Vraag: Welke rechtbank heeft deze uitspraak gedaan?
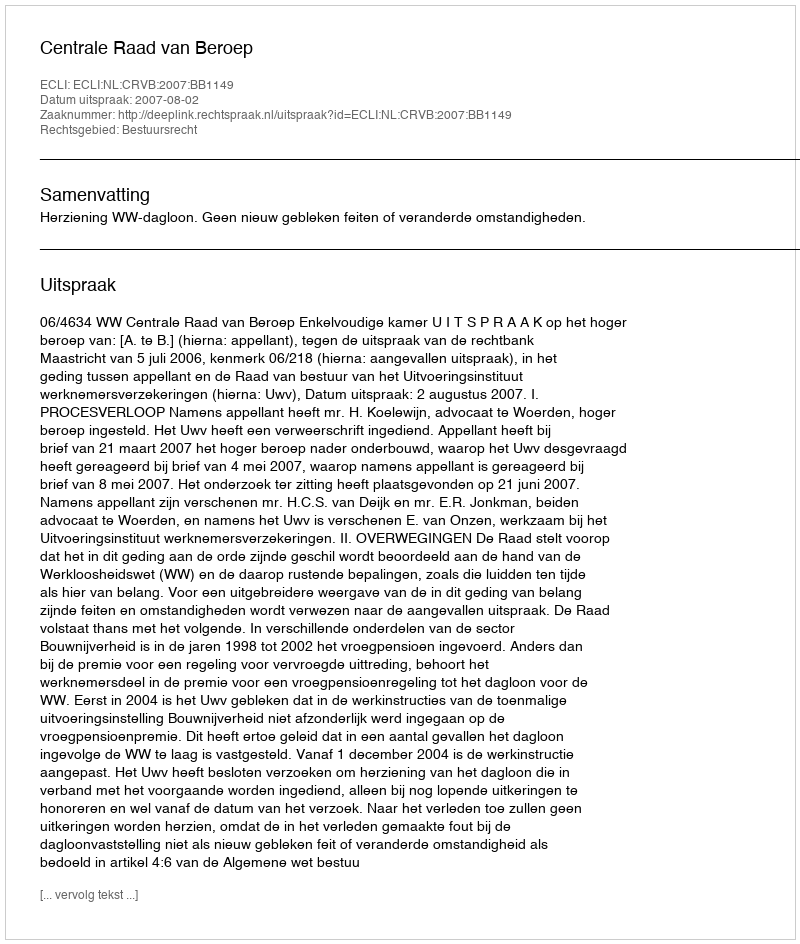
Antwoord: Centrale Raad van Beroep